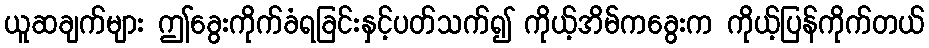
ယူဆချက်များ ဤခွေးကိုက်ခံရခြင်းနှင့်ပတ်သက်၍ ကိုယ့်အိမ်ကခွေးက ကိုယ့်ပြန်ကိုက်တယ်